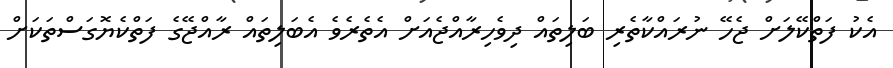
އެކު ފަތްކޭލަށް ޖެހޭ ނުރައްކާތެރި ބަލިތައް ދިވެހިރާއްޖެއަށް އެތެރެވެ އެބަލިތައް ރާއްޖޭގެ ފަތްކެޔޮގަސްތަކަށް